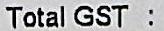
TOTAL GST :